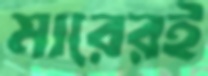
মারেরই